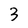
Character: 3